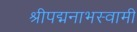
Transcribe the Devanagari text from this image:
श्रीपद्मनाभस्वामी